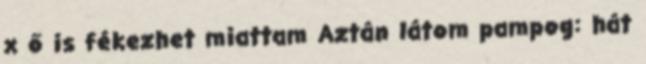
x ő is fékezhet miattam Aztán látom pampog: hát